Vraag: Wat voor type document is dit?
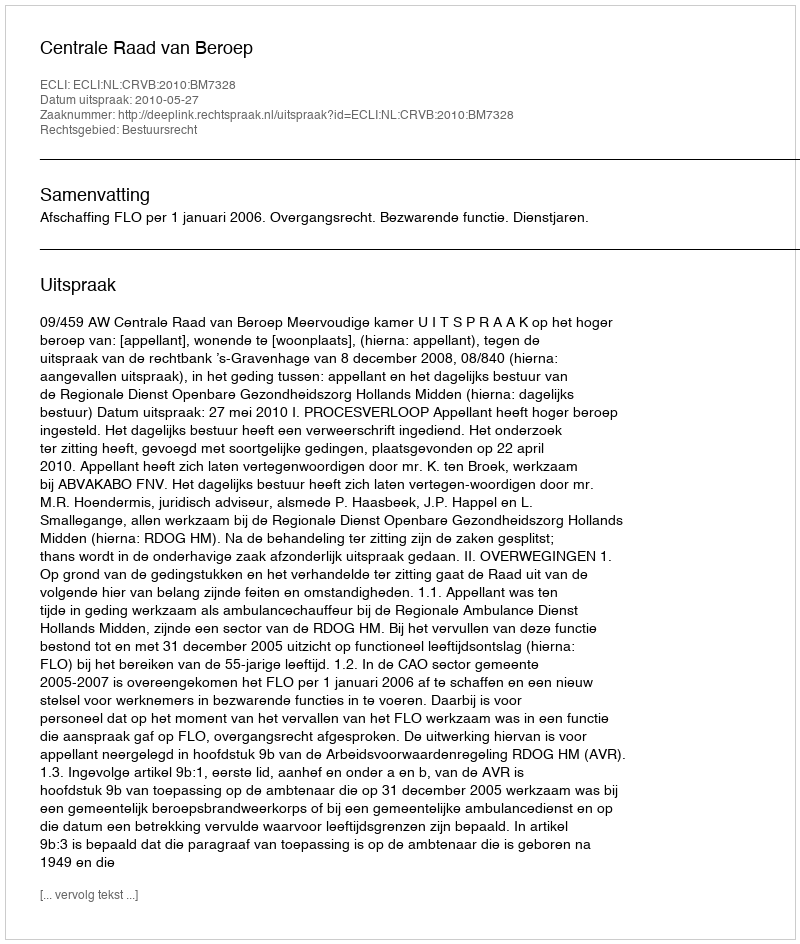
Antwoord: Uitspraak